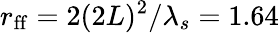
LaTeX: r_{\mathrm{ff}}=2(2L)^{2}/\lambda_{s}=1.64